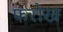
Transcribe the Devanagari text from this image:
फरोख